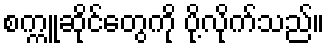
စက္ကူဆိုင်တွေကို ပို့လိုက်သည်။